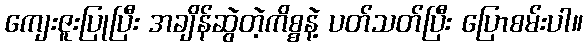
ကျေးဇူးပြုပြီး အချိန်ဆွဲတဲ့ကိစ္စနဲ့ ပတ်သတ်ပြီး ပြောစမ်းပါ။